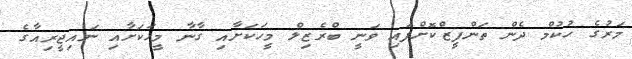
މަރުގެ ހުކުމް ދެން ތަންފީޒްކޮށްފައި ވަނީ ބްރެޒިލް މީހަކަށާއި ގާނާ މީހަކަށާއި ނައިޖީރިއާގެ